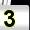
Digit: 3